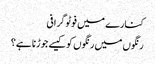
کنارے میں فوٹو گرافی
رنگوں میں رنگوں کو کیسے جوڑنا ہے؟